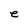
Character: e